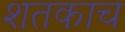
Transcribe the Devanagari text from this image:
शतकाच